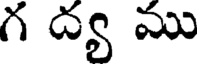
గ ద్య ము